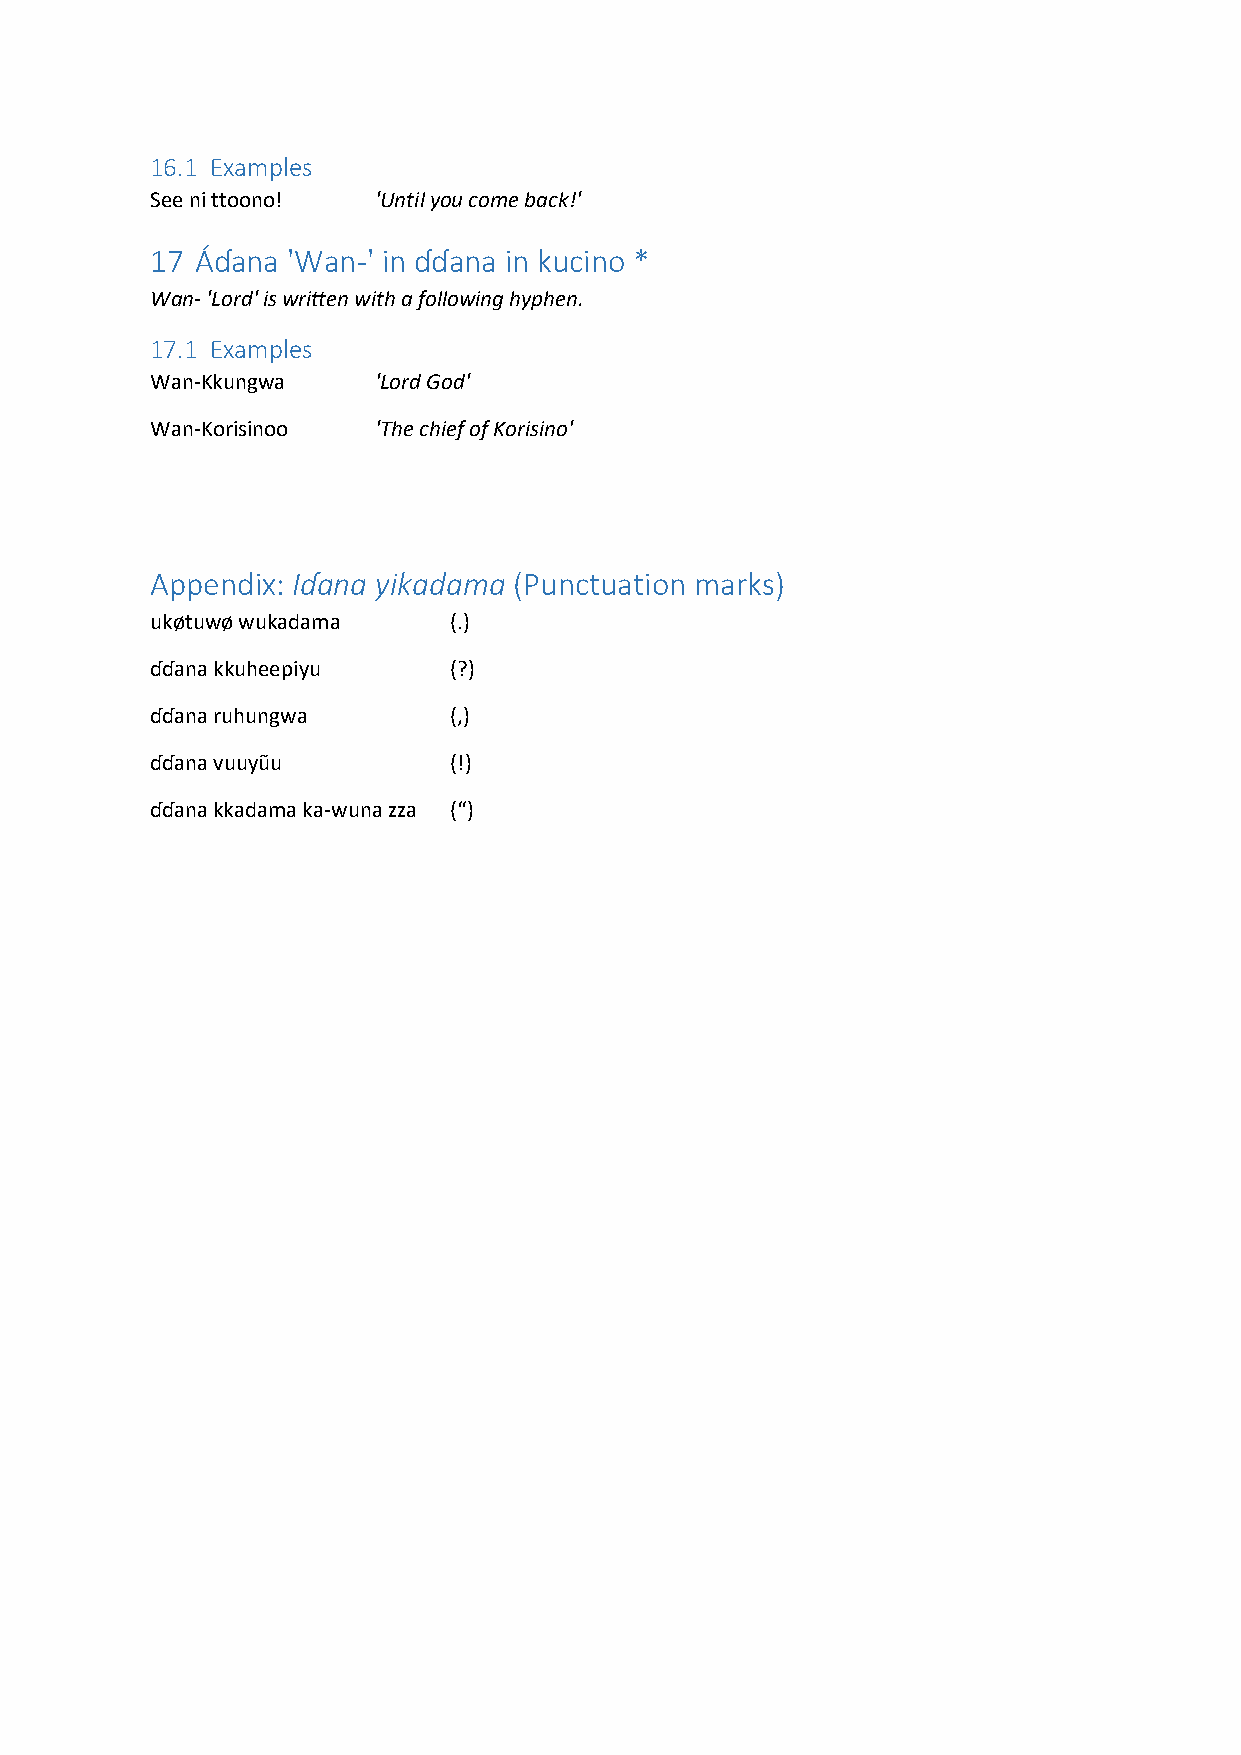
16.1 Examples
 See ni ttoono! 'Until you come back!'
 17 Áɗana 'Wan-' in ɗɗana in kucino *
 Wan- 'Lord' is written with a following hyphen.
 17.1 Examples
 Wan-Kkungwa    'Lord God'
 Wan-Korisinoo  'The chief of Korisino'
 Appendix: Iɗana yikadama (Punctuation marks)
 ukøtuwø wukadama    (.)
 ɗɗana kkuheepiyu    (?)
 ɗɗana ruhungwa      (,)
 ɗɗana vuuyũu        (!)
 ɗɗana kkadama ka-wuna zza (“)